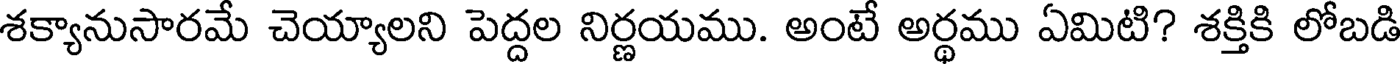
శక్యానుసారమే చెయ్యాలని పెద్దల నిర్ణయము. అంటే అర్థము ఏమిటి? శక్తికి లోబడి